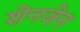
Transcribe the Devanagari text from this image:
शेनजेन